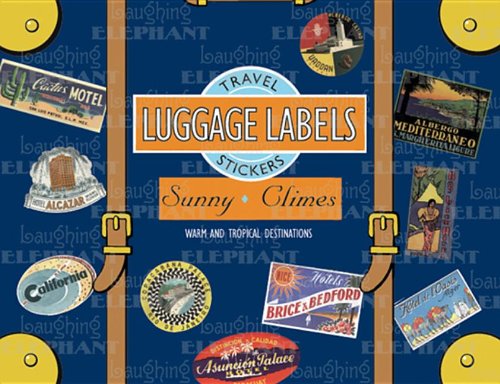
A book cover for Sunny Climes Luggage Labels (Travel Stickers); Travel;